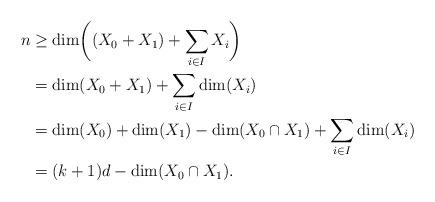
LaTeX: \begin{align*}n &\geq \dim\biggl((X_0+X_1)+\sum_{i\in I}X_{i}\biggr)\\&=\dim(X_0+X_1)+\sum_{i\in I}\dim(X_{i})\\&=\dim(X_0)+\dim(X_1)-\dim(X_0\cap X_1)+\sum_{i\in I}\dim(X_{i})\\&= (k+1)d-\dim(X_0\cap X_1).\end{align*}